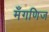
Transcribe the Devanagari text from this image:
मँगणिज